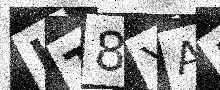
Text: IT8YAF